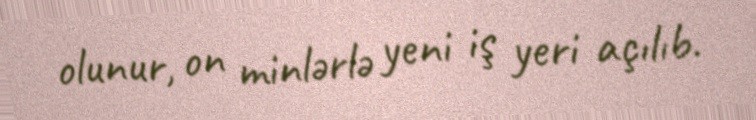
olunur, on minlərlə yeni iş yeri açılıb.